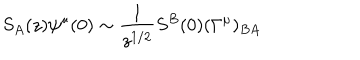
LaTeX: S _ { A } ( z ) \psi ^ { \mu } ( 0 ) \sim { \frac { 1 } { z ^ { 1 / 2 } } } S ^ { B } ( 0 ) ( \Gamma ^ { \mu } ) _ { B A }